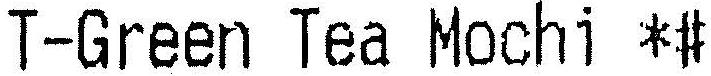
T-GREEN TEA MOCHI *#